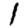
Digit: 1